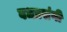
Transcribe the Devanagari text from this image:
वधप्रसंगी